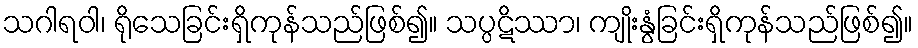
သဂါရဝါ၊ ရိုသေခြင်းရှိကုန်သည်ဖြစ်၍။ သပ္ပဋိဿာ၊ ကျိုးနွံခြင်းရှိကုန်သည်ဖြစ်၍။